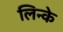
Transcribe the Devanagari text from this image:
लिन्के